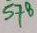
Text: 578